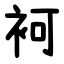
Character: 袔